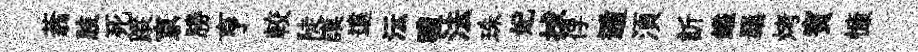
蓊肢死蹤京勝亨較陡謨遠沄禮法珠妃捄俘遁湏訢鎰羈烤賓慷